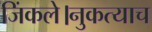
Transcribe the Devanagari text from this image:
जिंकले।नुकत्याच